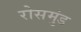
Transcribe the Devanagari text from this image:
रोसमुंड